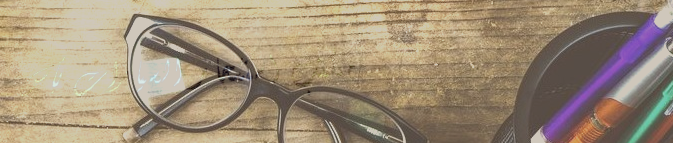
مكتب استئجار السيارات بأس